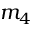
m _ { 4 }